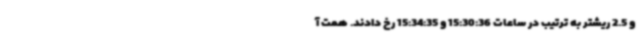
و 2.5 ریشتر به ترتیب در ساعات 15:30:36 و 15:34:35 رخ دادند. همت آ